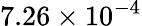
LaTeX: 7.26\times 10^{-4}